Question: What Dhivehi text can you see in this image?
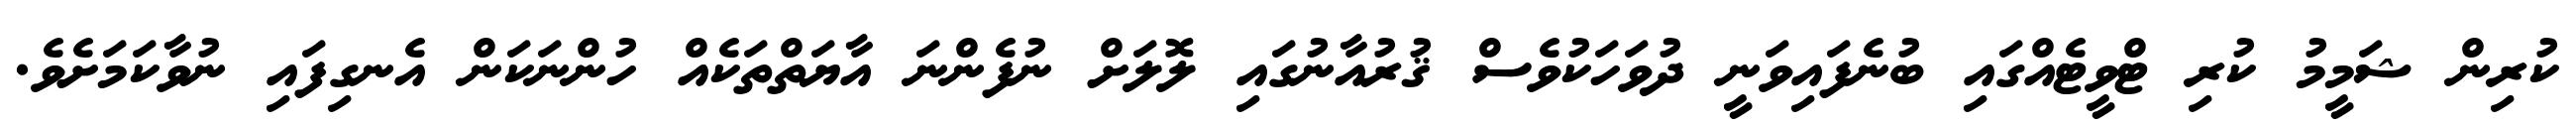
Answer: ކުރިން ޝަމީމު ކުރި ޓްވީޓެއްގައި ބުނެފައިވަނީ ދުވަހަކުވެސް ޤުރުއާނުގައި ލޮލަށް ނުފެންނަ އާޔަތްތަކެއް ހުންނަކަން އެނގިފައި ނުވާކަމަށެވެ.